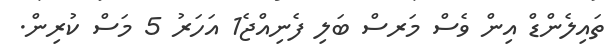
ތައިލެންޑް އިން ވެސް މަރސް ބަލި ފެނިއްޖެ1 އަހަރު 5 މަސް ކުރިން.